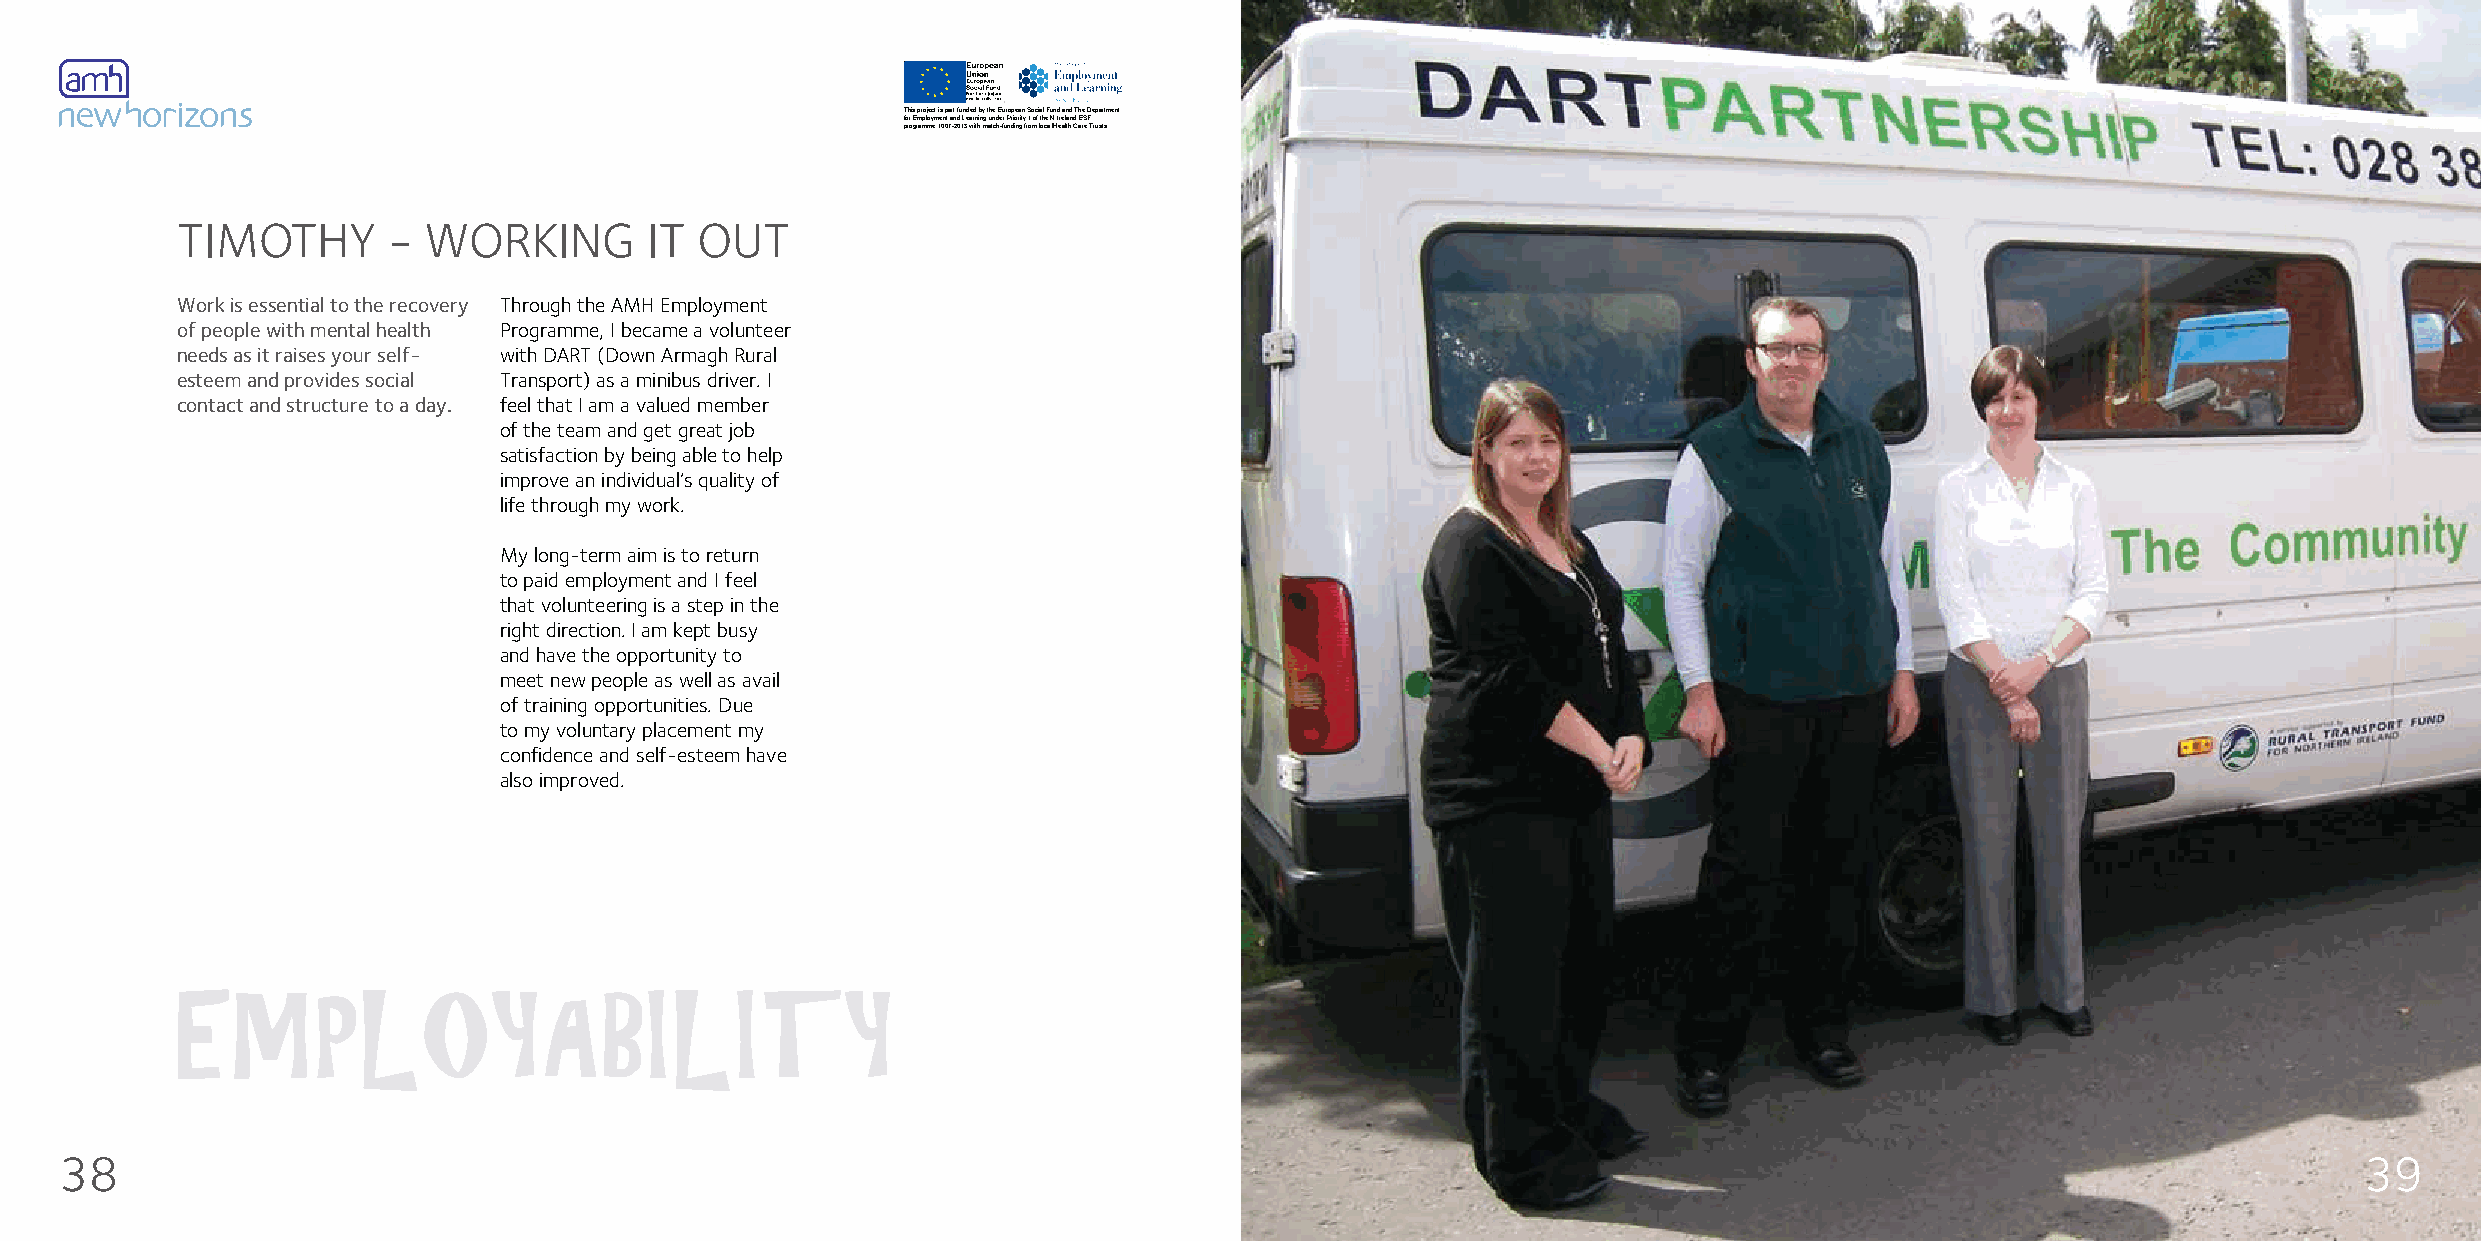
This project is part funded by the European Social Fund and The Department
 for Employment and Learning under Priority 1 of the N.Ireland ESF
 programme 1007-2013 with match-funding from local Health Care Trusts.
 TIMOTHY       - WORKING        IT OUT
 Work is essential to the recovery Through the AMH Employment
 of people with mental health Programme, I became a volunteer
 needs as it raises your self- with DART (Down Armagh Rural
 esteem and provides social Transport) as a minibus driver. I
 contact and structure to a day. feel that I am a valued member
 of the team and get great job
 satisfaction by being able to help
 improve an individual’s quality of
 life through my work.
 My long-term aim is to return
 to paid employment and I feel
 that volunteering is a step in the
 right direction. I am kept busy
 and have the opportunity to
 meet new people as well as avail
 of training opportunities. Due
 to my voluntary placement my
 confidence and self-esteem have
 also improved.
 EMPLOYABILITY
 38                                                                                                                                                      39